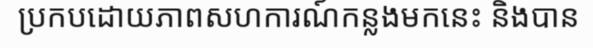
ប្រកបដោយភាពសហការណ៍កន្លងមកនេះ និងបាន